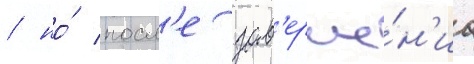
/ но́ посл'е зав'ерше́н'иа